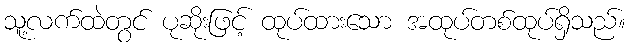
သူ့လက်ထဲတွင် ပုဆိုးဖြင့် ထုပ်ထားသော အထုပ်တစ်ထုပ်ရှိသည်။